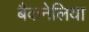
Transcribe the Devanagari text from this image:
बैकनेलिया